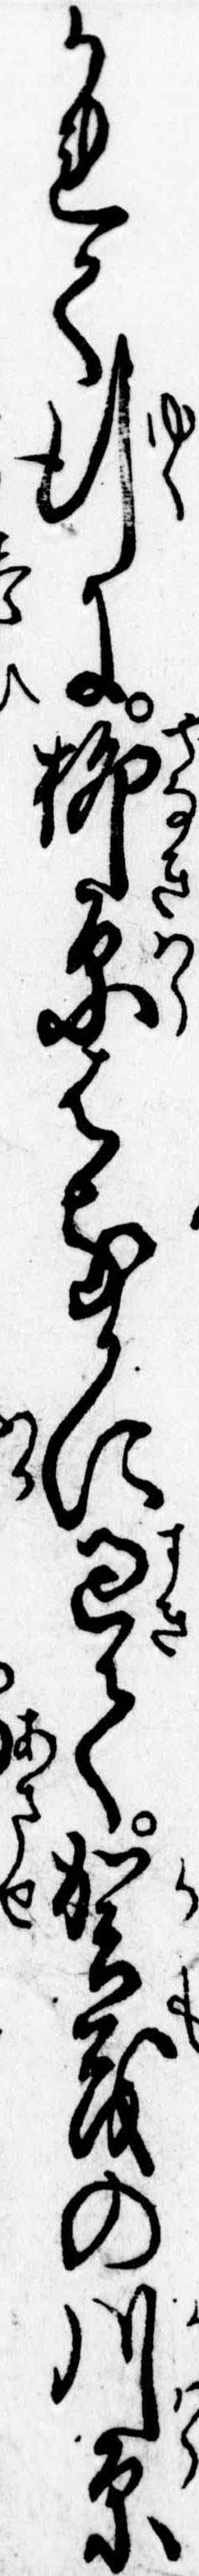
かれて行に柳原はるかに過て賀茂の川原